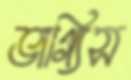
ভাগ্যিস